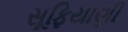
સૂફિયાણી